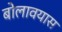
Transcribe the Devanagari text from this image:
बोलावयास